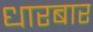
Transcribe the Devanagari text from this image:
धारबार